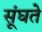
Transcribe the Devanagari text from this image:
सूंघते